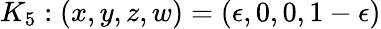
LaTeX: K_{5}:(x,y,z,w)=(\epsilon,0,0,1-\epsilon)